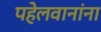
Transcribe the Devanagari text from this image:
पहेलवानांना